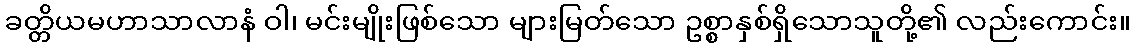
ခတ္တိယမဟာသာလာနံ ဝါ၊ မင်းမျိုးဖြစ်သော များမြတ်သော ဥစ္စာနှစ်ရှိသောသူတို့၏ လည်းကောင်း။